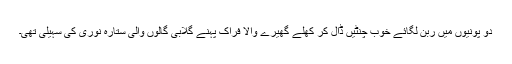
دو پونیوں میں ربن لگائے خوب چنٹیں ڈال کر کھلے گھیرے والا فراک پہنے گلابی گالوں والی ستارہ نوری کی سہیلی تھی۔